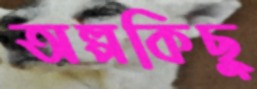
অল্পকিছু